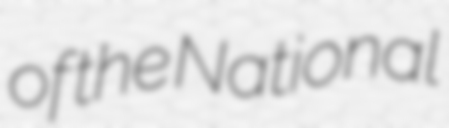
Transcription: of the National